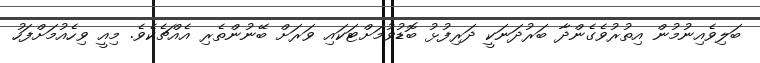
ބަލިވެއިނުމުން އިތުރުވެގެންދާ ބަރުދަނަކީ ދަރިފުޅު ބޮޑުވުމަށްޓަކައި ވަރަށް ބޭނުންތެރި އެއްޗެކެވެ. މިއީ ވިހެއުމަށްފަހު